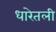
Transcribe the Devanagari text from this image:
धारेतली